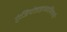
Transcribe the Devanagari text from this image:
एंजियोडाइप्लासियाभी